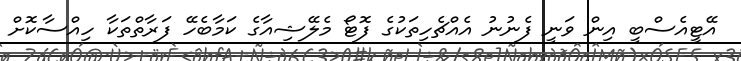
އޭޓީއެސްބީ އިން ވަނީ ފެނުނު އެއްޗެހިތަކުގެ ފޮޓޯ މެލޭޝިއާގެ ކަމާބެހޭ ފަރާތްތަކާ ހިއްސާކޮށް